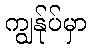
ကျွန်ုပ်မှာ